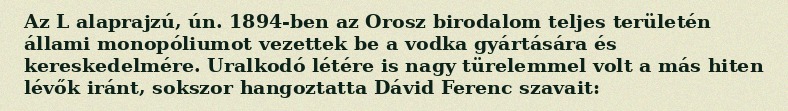
Az L alaprajzú, ún. 1894-ben az Orosz birodalom teljes területén állami monopóliumot vezettek be a vodka gyártására és kereskedelmére. Uralkodó létére is nagy türelemmel volt a más hiten lévők iránt, sokszor hangoztatta Dávid Ferenc szavait: